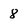
Character: 8